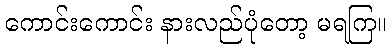
ကောင်းကောင်း နားလည်ပုံတော့ မရကြ။